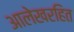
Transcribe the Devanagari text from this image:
आलेखरहित